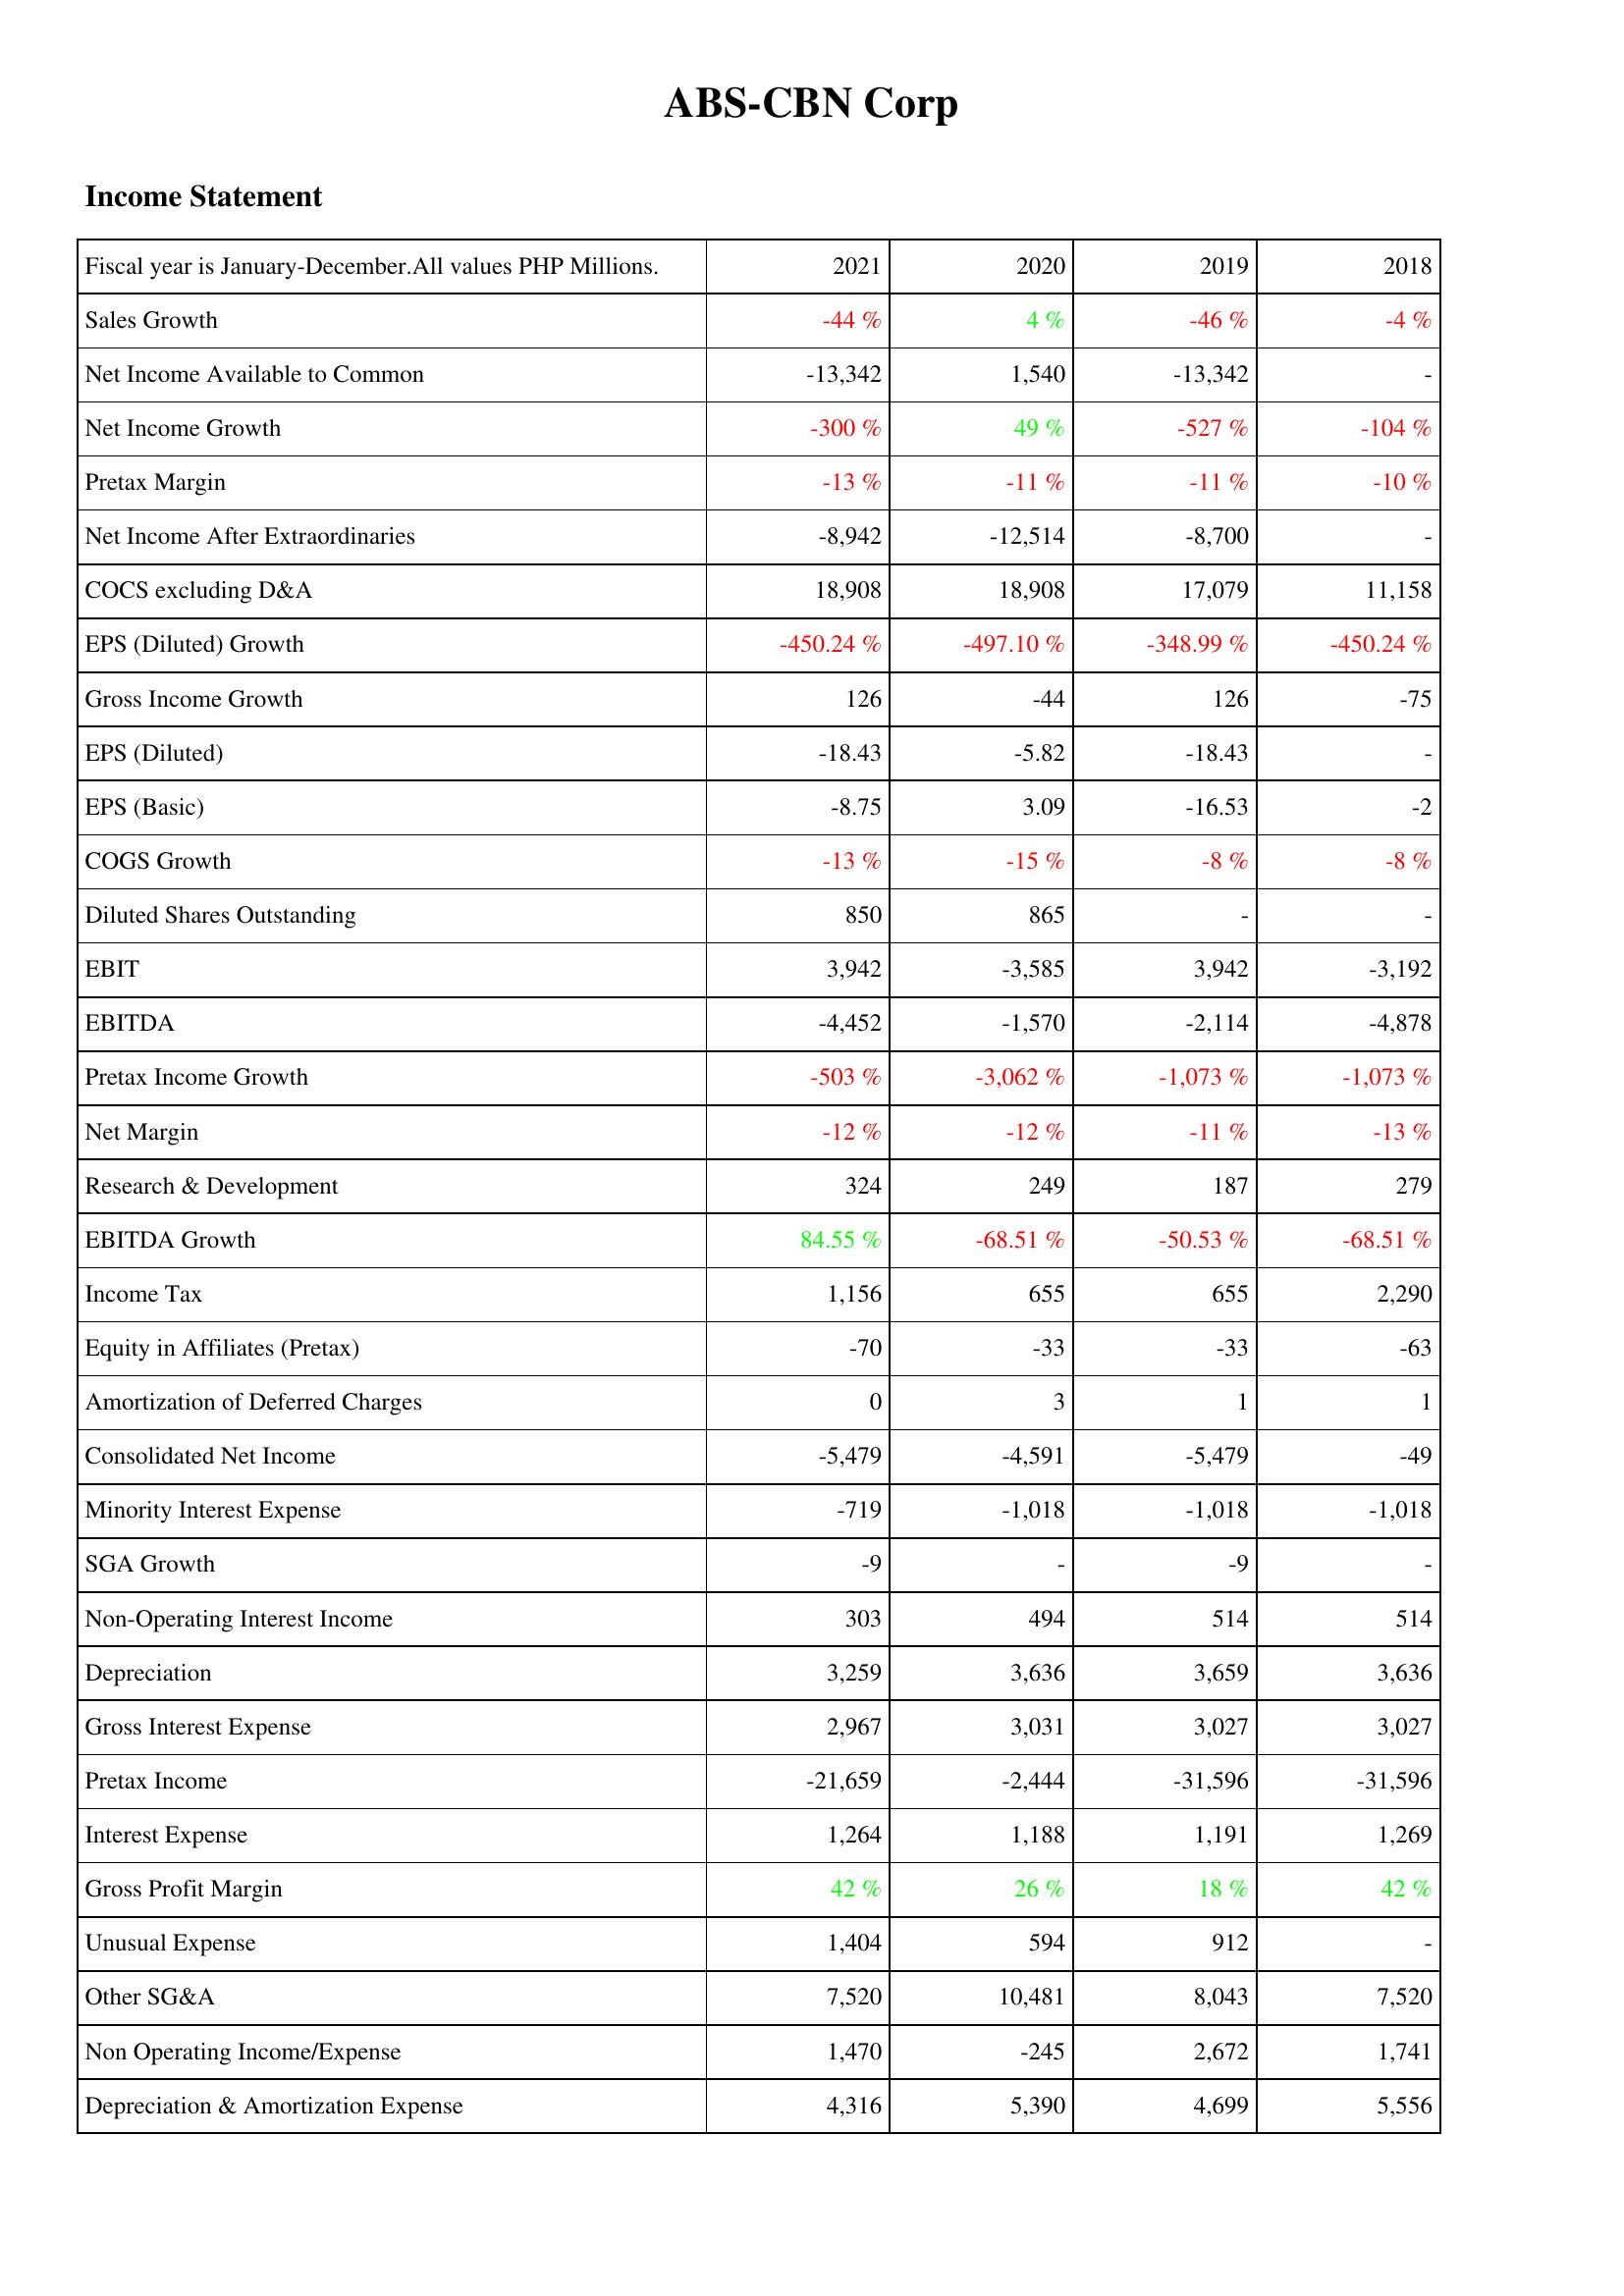
2021: Income Statement: Sales Growth: -44 %
Net Income Available to Common: -13,342
Net Income Growth: -300 %
Pretax Margin: -13 %
Net Income After Extraordinaries: -8,942
COCS excluding D&A: 18,908
EPS (Diluted) Growth: -450.24 %
Gross Income Growth: 126
EPS (Diluted): -18.43
EPS (Basic): -8.75
COGS Growth: -13 %
Diluted Shares Outstanding: 850
EBIT: 3,942
EBITDA: -4,452
Pretax Income Growth: -503 %
Net Margin: -12 %
Research & Development: 324
EBITDA Growth: 84.55 %
Income Tax: 1,156
Equity in Affiliates (Pretax): -70
Amortization of Deferred Charges: 0
Consolidated Net Income: -5,479
Minority Interest Expense: -719
SGA Growth: -9
Non-Operating Interest Income: 303
Depreciation: 3,259
Gross Interest Expense: 2,967
Pretax Income: -21,659
Interest Expense: 1,264
Gross Profit Margin: 42 %
Unusual Expense: 1,404
Other SG&A: 7,520
Non Operating Income/Expense: 1,470
Depreciation & Amortization Expense: 4,316
2020: Income Statement: Sales Growth: 4 %
Net Income Available to Common: 1,540
Net Income Growth: 49 %
Pretax Margin: -11 %
Net Income After Extraordinaries: -12,514
COCS excluding D&A: 18,908
EPS (Diluted) Growth: -497.10 %
Gross Income Growth: -44
EPS (Diluted): -5.82
EPS (Basic): 3.09
COGS Growth: -15 %
Diluted Shares Outstanding: 865
EBIT: -3,585
EBITDA: -1,570
Pretax Income Growth: -3,062 %
Net Margin: -12 %
Research & Development: 249
EBITDA Growth: -68.51 %
Income Tax: 655
Equity in Affiliates (Pretax): -33
Amortization of Deferred Charges: 3
Consolidated Net Income: -4,591
Minority Interest Expense: -1,018
SGA Growth: -
Non-Operating Interest Income: 494
Depreciation: 3,636
Gross Interest Expense: 3,031
Pretax Income: -2,444
Interest Expense: 1,188
Gross Profit Margin: 26 %
Unusual Expense: 594
Other SG&A: 10,481
Non Operating Income/Expense: -245
Depreciation & Amortization Expense: 5,390
2019: Income Statement: Sales Growth: -46 %
Net Income Available to Common: -13,342
Net Income Growth: -527 %
Pretax Margin: -11 %
Net Income After Extraordinaries: -8,700
COCS excluding D&A: 17,079
EPS (Diluted) Growth: -348.99 %
Gross Income Growth: 126
EPS (Diluted): -18.43
EPS (Basic): -16.53
COGS Growth: -8 %
Diluted Shares Outstanding: -
EBIT: 3,942
EBITDA: -2,114
Pretax Income Growth: -1,073 %
Net Margin: -11 %
Research & Development: 187
EBITDA Growth: -50.53 %
Income Tax: 655
Equity in Affiliates (Pretax): -33
Amortization of Deferred Charges: 1
Consolidated Net Income: -5,479
Minority Interest Expense: -1,018
SGA Growth: -9
Non-Operating Interest Income: 514
Depreciation: 3,659
Gross Interest Expense: 3,027
Pretax Income: -31,596
Interest Expense: 1,191
Gross Profit Margin: 18 %
Unusual Expense: 912
Other SG&A: 8,043
Non Operating Income/Expense: 2,672
Depreciation & Amortization Expense: 4,699
2018: Income Statement: Sales Growth: -4 %
Net Income Available to Common: -
Net Income Growth: -104 %
Pretax Margin: -10 %
Net Income After Extraordinaries: -
COCS excluding D&A: 11,158
EPS (Diluted) Growth: -450.24 %
Gross Income Growth: -75
EPS (Diluted): -
EPS (Basic): -2
COGS Growth: -8 %
Diluted Shares Outstanding: -
EBIT: -3,192
EBITDA: -4,878
Pretax Income Growth: -1,073 %
Net Margin: -13 %
Research & Development: 279
EBITDA Growth: -68.51 %
Income Tax: 2,290
Equity in Affiliates (Pretax): -63
Amortization of Deferred Charges: 1
Consolidated Net Income: -49
Minority Interest Expense: -1,018
SGA Growth: -
Non-Operating Interest Income: 514
Depreciation: 3,636
Gross Interest Expense: 3,027
Pretax Income: -31,596
Interest Expense: 1,269
Gross Profit Margin: 42 %
Unusual Expense: -
Other SG&A: 7,520
Non Operating Income/Expense: 1,741
Depreciation & Amortization Expense: 5,556